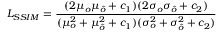
L _ { S S I M } = \frac { ( 2 \mu _ { o } \mu _ { \hat { o } } + c _ { 1 } ) ( 2 \sigma _ { o } \sigma _ { \hat { o } } + c _ { 2 } ) } { ( \mu _ { o } ^ { 2 } + \mu _ { \hat { o } } ^ { 2 } + c _ { 1 } ) ( \sigma _ { o } ^ { 2 } + \sigma _ { \hat { o } } ^ { 2 } + c _ { 2 } ) }